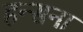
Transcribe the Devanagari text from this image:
हन्सना